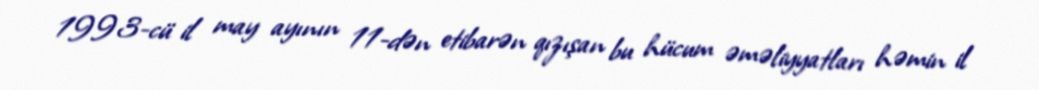
1993-cü il may ayının 11-dən etibarən qızışan bu hücum əməliyyatları həmin il